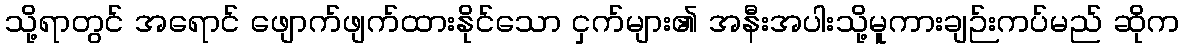
သို့ရာတွင် အရောင် ဖျောက်ဖျက်ထားနိုင်သော ငှက်များ၏ အနီးအပါးသို့မူကားချဉ်းကပ်မည် ဆိုက